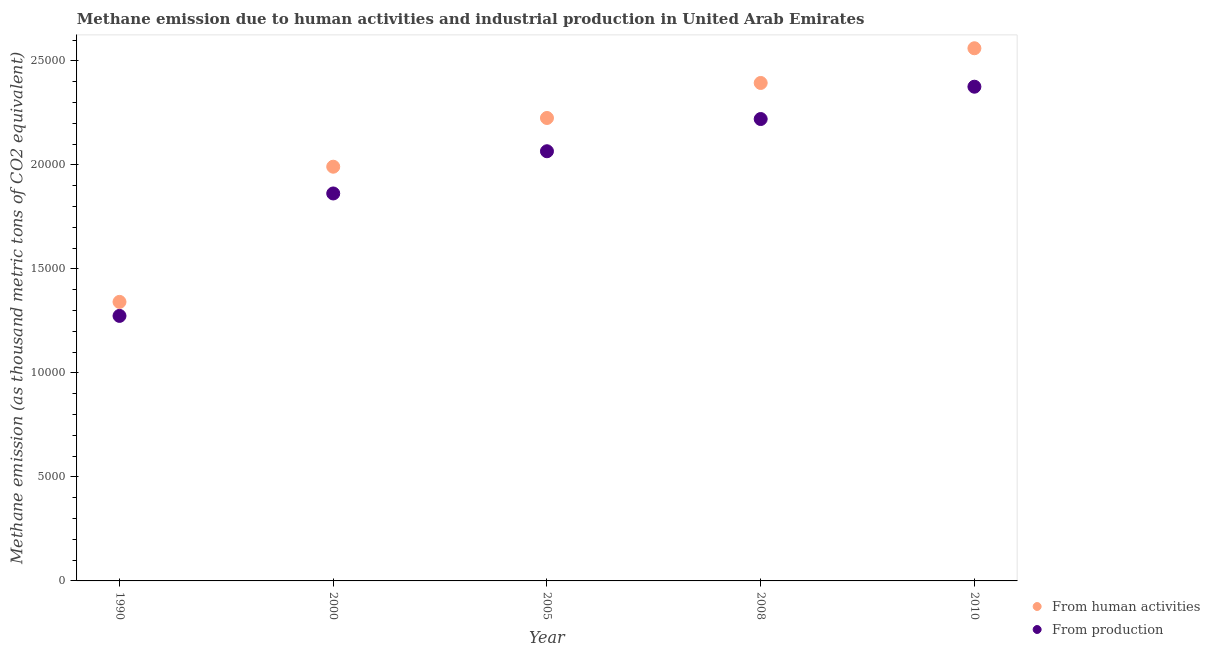
| Year | From human activities | From production |
 | --- | --- | --- |
 | 1990 | 1.34e+04 | 1.27e+04 |
 | 2000 | 1.99e+04 | 1.86e+04 |
 | 2005 | 2.23e+04 | 2.07e+04 |
 | 2008 | 2.39e+04 | 2.22e+04 |
 | 2010 | 2.56e+04 | 2.38e+04 |